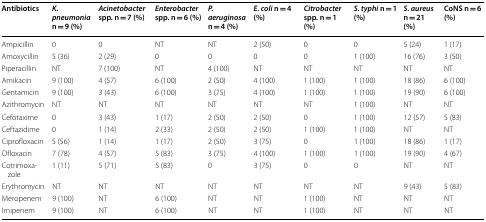
| Antibiotics | K. pneumonia n = 9 (%) | Acinetobacter spp. n = 7 (%) | Enterobacter spp. n = 6 (%) | P. aeruginosa n = 4 (%) | E. coli n = 4 (%) | Citrobacter spp. n = 1 (%) | S. typhi n = 1 (%) | S. aureus n = 21 (%) | CoNS n = 6 (%) |
 | --- | --- | --- | --- | --- | --- | --- | --- | --- | --- |
 | Ampicillin | 0 | 0 | NT | NT | 2 (50) | 0 | 0 | 5 (24) | 1 (17) |
 | Amoxycillin | 5 (36) | 2 (29) | 0 | 0 | 0 | 0 | 1 (100) | 16 (76) | 3 (50) |
 | Piperacillin | NT | 7 (100) | NT | 4 (100) | NT | NT | NT | NT | NT |
 | Amikacin | 9 (100) | 4 (57) | 6 (100) | 2 (50) | 4 (100) | 1 (100) | 1 (100) | 18 (86) | 6 (100) |
 | Gentamicin | 9 (100) | 3 (43) | 6 (100) | 3 (75) | 4 (100) | 1 (100) | 1 (100) | 19 (90) | 6 (100) |
 | Azithromycin | NT | NT | NT | NT | NT | NT | 1 (100) | NT | NT |
 | Cefotaxime | 0 | 3 (43) | 1 (17) | 2 (50) | 2 (50) | 0 | 1 (100) | 12 (57) | 5 (83) |
 | Ceftazidime | 0 | 1 (14) | 2 (33) | 2 (50) | 2 (50) | 1 (100) | 1 (100) | NT | NT |
 | Ciprofloxacin | 5 (56) | 1 (14) | 1 (17) | 2 (50) | 3 (75) | 0 | 1 (100) | 18 (86) | 1 (17) |
 | Ofloxacin | 7 (78) | 4 (57) | 5 (83) | 3 (75) | 4 (100) | 1 (100) | 1 (100) | 19 (90) | 4 (67) |
 | Cotrimoxazole | 1 (11) | 5 (71) | 5 (83) | 0 | 3 (75) | 0 | 0 | NT | NT |
 | Erythromycin | NT | NT | NT | NT | NT | NT | NT | 9 (43) | 5 (83) |
 | Meropenem | 9 (100) | NT | 6 (100) | NT | NT | 1 (100) | NT | NT | NT |
 | Imipenem | 9 (100) | NT | 6 (100) | NT | NT | 1 (100) | NT | NT | NT |